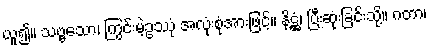
ယူ၍။ သဗ္ဗသော၊ ကြွင်းမဲ့ဥဿုံ အလုံးစုံအားဖြင့်။ နိဋ္ဌံ၊ ပြီးဆုံးခြင်းသို့။ ဂတာ၊